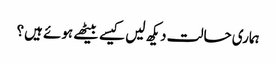
ہماری حالت دیکھ لیں کیسے بیٹھے ہوئے ہیں؟